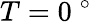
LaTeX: T=0~^{\circ}